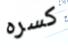
كسره